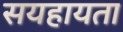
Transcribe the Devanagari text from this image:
सयहायता